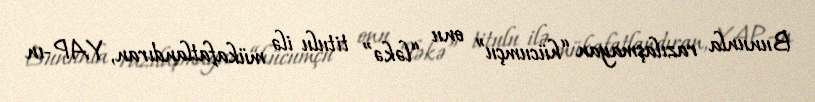
Bununla razılaşmayan “hücumçu” onu “ləkə” titulu ilə mükafatlandıran, YAP-ın